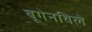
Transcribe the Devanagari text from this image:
बूगेनविले